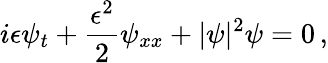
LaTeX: i\epsilon\psi_{t}+\frac{\epsilon^{2}}{2}\psi_{xx}+|\psi|^{2}\psi=0\, ,